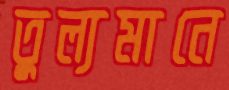
তুল্যমানে